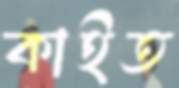
কাইত